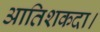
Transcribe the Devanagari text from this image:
आतिशकदा।